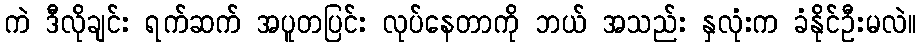
ကဲ ဒီလိုချင်း ရက်ဆက် အပူတပြင်း လုပ်နေတာကို ဘယ် အသည်း နှလုံးက ခံနိုင်ဦးမလဲ။